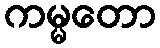
ကမ္မတော